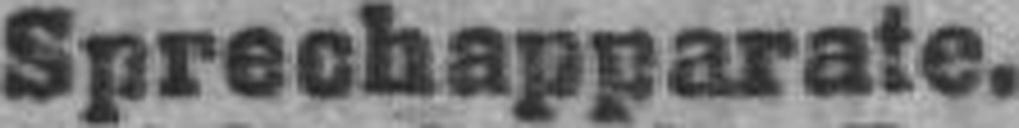
Sprechapparate.